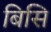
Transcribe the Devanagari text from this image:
बिसि